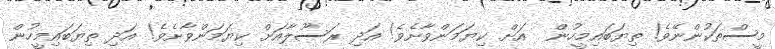
މީސްތަކުންނޭވެ! ތިޔަބައިމީހުން  އަށް ކިޔަމަންވާށެވެ! އަދި ރަސޫލާއަށް ކިޔަމަންވާށެވެ! އަދި ތިޔަބައިމީހުން